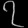
Digit: ၇